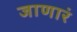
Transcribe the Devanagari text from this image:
जाणारं